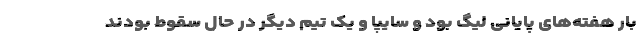
بار هفته‌های پایانی لیگ بود و سایپا و یک تیم دیگر در حال سقوط بودند